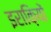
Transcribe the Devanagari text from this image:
इराक़ियों